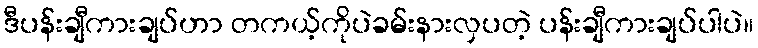
ဒီပန်းချီကားချပ်ဟာ တကယ့်ကိုပဲခမ်းနားလှပတဲ့ ပန်းချီကားချပ်ပါပဲ။